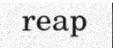
reap